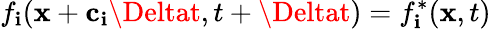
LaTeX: f_{\mathbf{i}}(\mathbf{{x}}+\mathbf{{c}}_{\mathbf{i}}\Deltat,t+\Deltat)=f_{\mathbf{i}}^{*}(\mathbf{{x}},t)